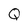
Character: Q